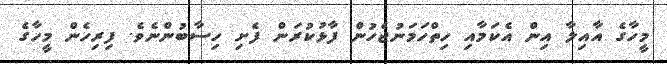
މީހާގެ އާއިލާ އިން އެކަމާއި ހިތްހަމަނުޖެހުން ފާޅުކުރަން ފެށި ހިސާބުންނެވެ. ފިރިހެން މީހާގެ